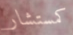
كمستشار